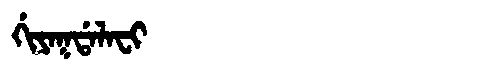
Manchu: ᡤᡳᠶᠠᡴᡩᠠᠯᠠᠸᡳ
Romanization: GIYAKDALAFI